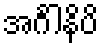
အင်္ဂါနိပိ